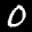
Label: 0